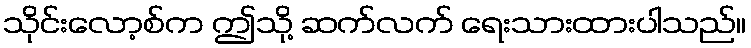
သိုင်းလော့စ်က ဤသို့ ဆက်လက် ရေးသားထားပါသည်။